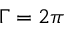
\Gamma = 2 \pi